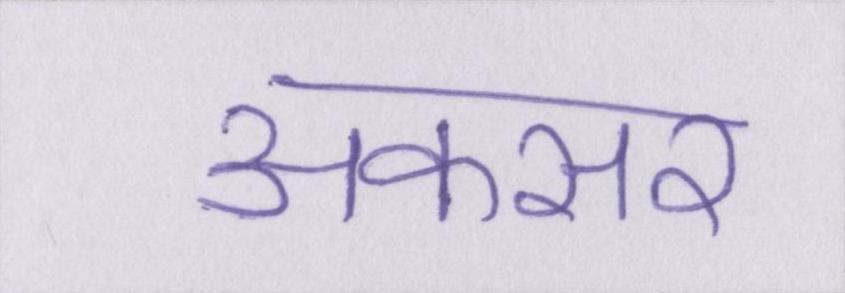
अकसर